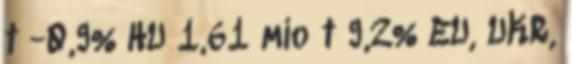
t -0,9% HU 1,61 mio t 9,2% EU, UKR,